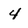
Character: 4